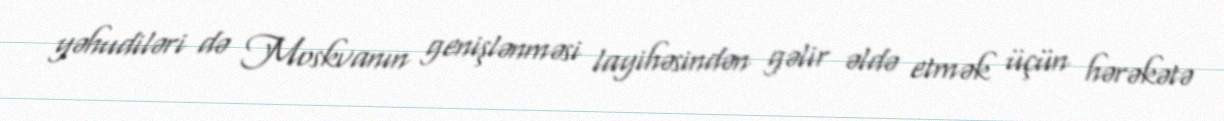
yəhudiləri də Moskvanın genişlənməsi layihəsindən gəlir əldə etmək üçün hərəkətə